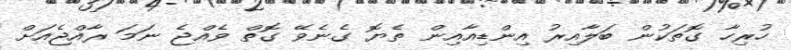
ހުރިހާ ގޮތަކުން ބަލާއިރު އިންޑިއާއިން ތެޔޮ ގެނެވޭ ގޮތް ވެއްޖެ ނަމަ ރާއްޖެއަށް